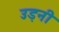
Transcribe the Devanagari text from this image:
उड़नी